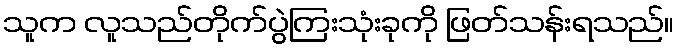
သူက လူသည်တိုက်ပွဲကြးသုံးခုကို ဖြတ်သန်းရသည်။